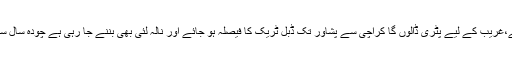
شیخ رشید نے کہا سال میں بیس فریٹ ٹرینیں چلائیں گے،غریب کے لیے پٹری ڈالوں گا کراچی سے پشاور تک ڈبل ٹریک کا فیصلہ ہو جائے اور نالہ لئی بھی بننے جا رہی ہے چودہ سال سے جو کالج رکا ہوا ہے اس ماہ اس کا افتتاح ہو جائے گا۔